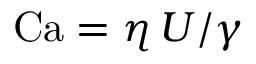
\mathrm { C a } = \eta \, U / \gamma